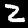
Label: 2